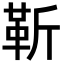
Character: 靳